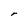
Character: r